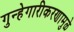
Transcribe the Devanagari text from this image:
गुन्हेगारीकरणामुळे